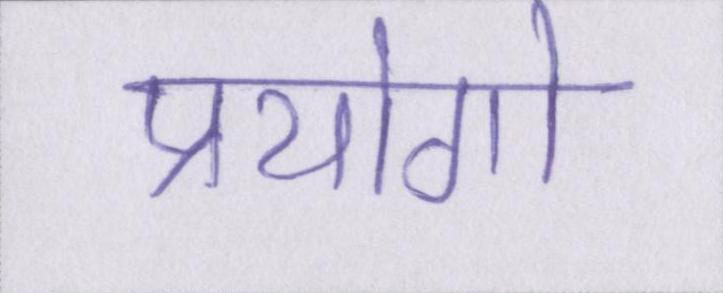
प्रयोगो